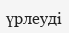
үрлеуді